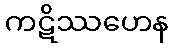
ကဋိဿဟေန